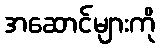
အဆောင်များကို